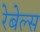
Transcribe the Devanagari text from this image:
रेबेल्स